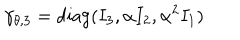
LaTeX: \gamma _ { \theta , 3 } = \mathrm { d i a g } ( I _ { 3 } , \alpha I _ { 2 } , \alpha ^ { 2 } I _ { 1 } )